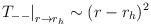
LaTeX: \begin{align*}\left. T_{--}\right| _{r\rightarrow r_{h}}\sim (r-r_{h})^{2}\end{align*}